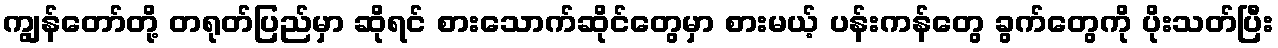
ကျွန်တော်တို့ တရုတ်ပြည်မှာ ဆိုရင် စားသောက်ဆိုင်တွေမှာ စားမယ့် ပန်းကန်တွေ ခွက်တွေကို ပိုးသတ်ပြီး